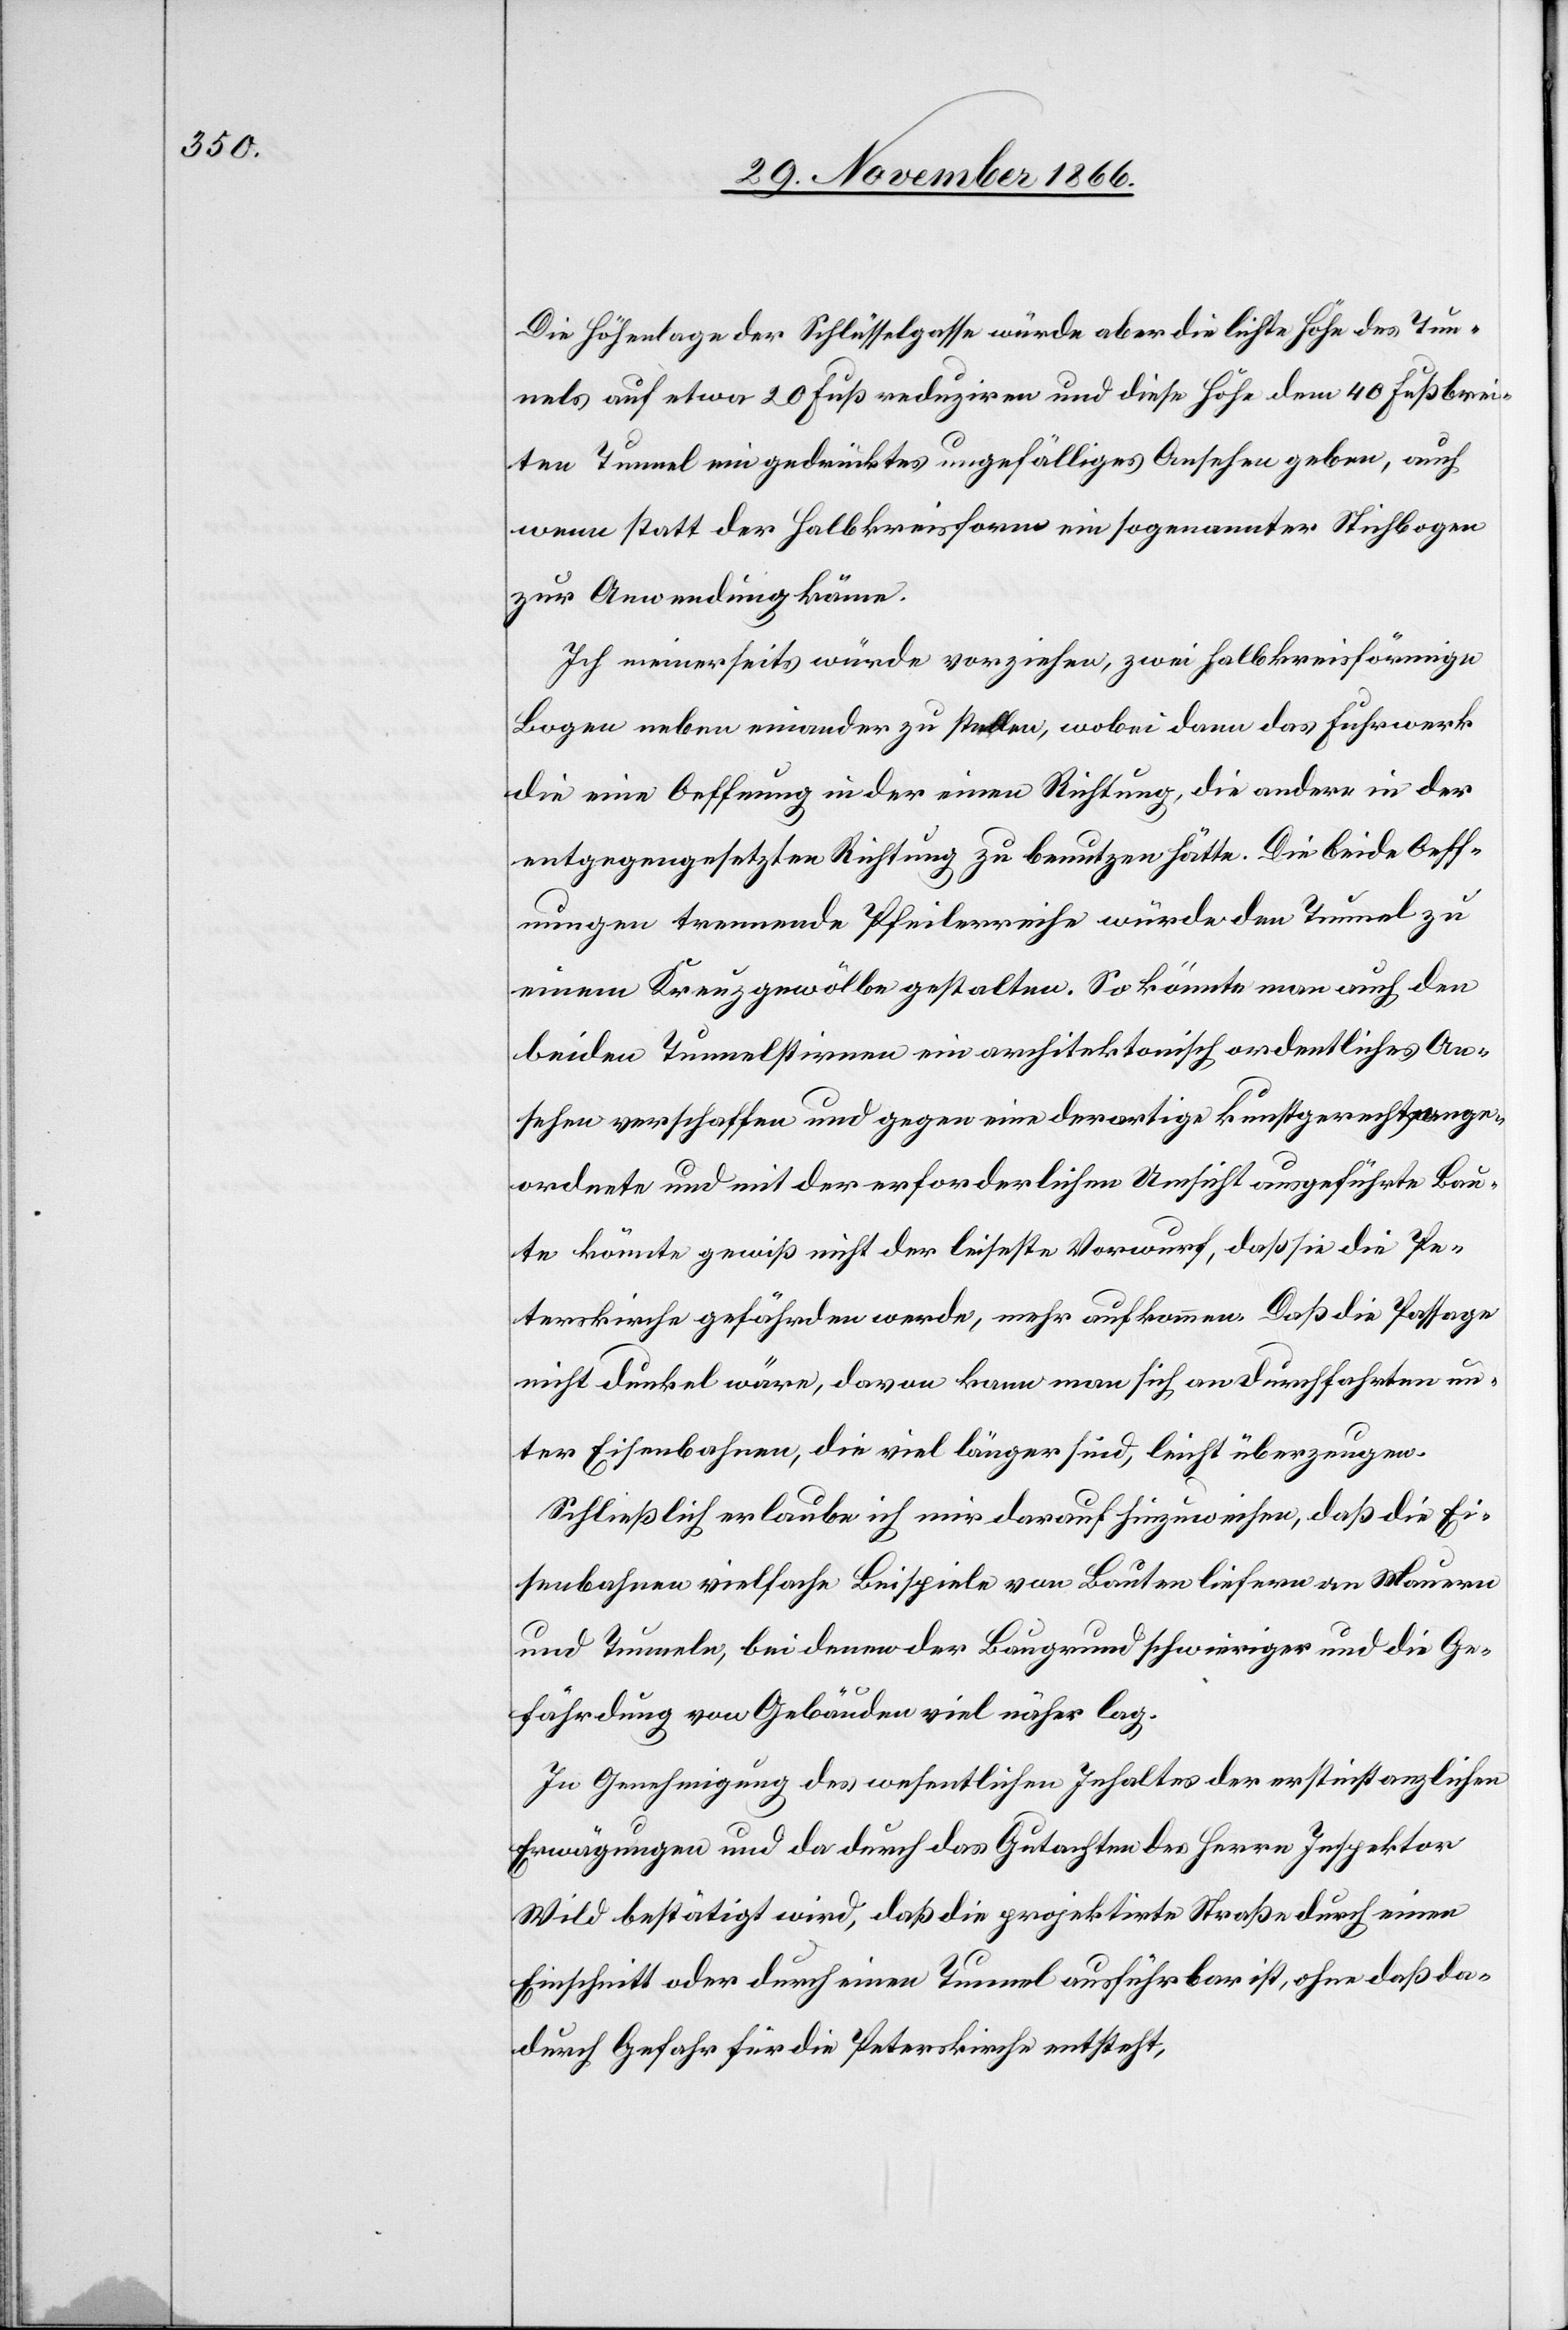
Die Höhenlage der Schlüsselgasse würde aber die lichte Höhe des Tun¬
nels auf etwa 20 Fuß reduziren und diese Höhe dem 40 Fuß brei¬
ten Tunnel ein gedrücktes ungefälliges Ansehen geben, auch
wenn statt der Halbkreisform ein sogenannter Stichbogen
zur Anwendung käme.
Ich meinerseits würde vorziehen, zwei halbkreisförmige
Bogen neben einander zu stellen, wobei dann das Fuhrwerk
die eine Oeffnung in der einen Richtung, die andere in der
entgegengesetzten Richtung zu benutzen hätte. Die beide Oeff¬
nungen trennende Pfeilerreihe würde den Tunnel zu
einem Kreuzgewölbe gestalten. So könnte man auch den
beiden Tunnelstirnen ein architektonisch ordentliches An¬
sehen verschaffen und gegen eine derartige kunstgerecht ange¬
ordnete und mit der erforderlichen Umsicht ausgeführte Bau¬
te könnte gewiß nicht der leiseste Vorwurf, daß sie die Pe¬
terskirche gefährden werde, mehr aufkommen. Daß die Passage
nicht dunkel wäre, davon kann man sich an Durchfahrten un¬
ter Eisenbahnen, die viel länger sind, leicht überzeugen.
Schließlich erlaube ich mir darauf hinzuweisen, daß die Ei¬
senbahnen vielfache Beispiele von Bauten liefern an Mauern
und Tunneln, bei denen der Baugrund schwieriger und die Ge¬
fährdung von Gebäuden viel näher lag.
In Genehmigung des wesentlichen Inhaltes der erstinstanzlichen
Erwägungen und da durch das Gutachten des Herrn Inspektor
Wild bestätigt wird, daß die projektirte Straße durch einen
Einschnitt oder durch einen Tunnel ausführbar ist, ohne daß da¬
durch Gefahr für die Peterskirche entsteht,